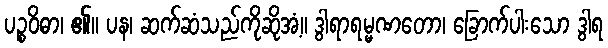
ပဉ္စဝိဓာ၊ ၏။ ပန၊ ဆက်ဆံသည်ကိုဆိုအံ့။ ဒွါရာရမ္မဏတော၊ ခြောက်ပါးသော ဒွါရ